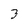
Character: 3